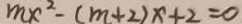
m x ^ { 2 } - ( m + 2 ) x + 2 = 0